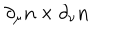
\partial _ { \mu } { \bf n } \times \partial _ { \nu } { \bf n }